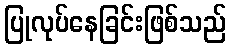
ပြုလုပ်နေခြင်းဖြစ်သည်